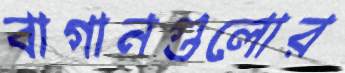
বাগানগুলোর